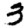
Digit: 3